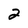
Character: 2